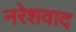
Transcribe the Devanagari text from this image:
नरेशवाद